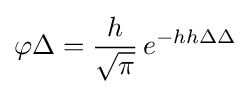
\varphi \Delta ={\frac {h}{\sqrt {\pi }}}\,e^{-hh\Delta \Delta }